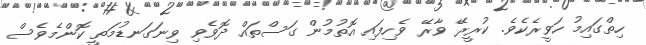
ހިތްގައިމު ހަވީރެކެވެ. ކުރީރޭ ވާރޭ ވެހިފައި އޮތުމުން ގަސްތައް ދޮވެވި ވިނަގަނޑުމަތީ ކޮންމެވެސް